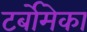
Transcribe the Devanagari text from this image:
टर्बोमेका